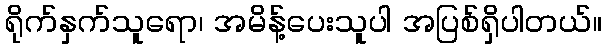
ရိုက်နှက်သူရော၊ အမိန့်ပေးသူပါ အပြစ်ရှိပါတယ်။